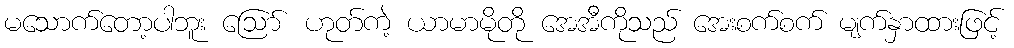
မသောက်တော့ပါဘူး ဪ ဟုတ်ကဲ့ ယာမာမိုတို အေအီကိုသည် အေးစက်စက် မျက်နှာထားဖြင့်